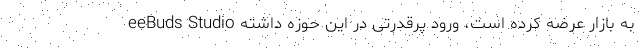
eeBuds Studio به بازار عرضه کرده است، ورود پرقدرتی در این حوزه داشته